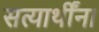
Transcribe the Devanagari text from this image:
सत्यार्थींना